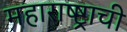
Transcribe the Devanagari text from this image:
महाराष्ष्ट्राची